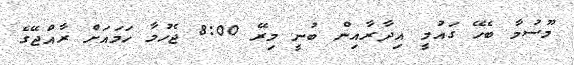
މޫސުމާ ބެހޭ ގައުމީ އިދާރާއިން ބުނީ މިރޭ 8:00 ޖެހުމާ ހަމައަށް ރާއްޖޭގެ